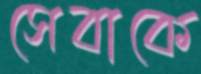
সেবাকে